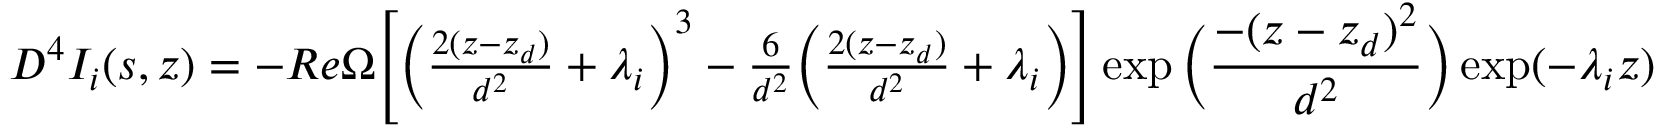
\begin{array} { r } { D ^ { 4 } I _ { i } ( s , z ) = - R e \Omega \Bigg [ \bigg ( \frac { 2 ( z - z _ { d } ) } { d ^ { 2 } } + \lambda _ { i } \bigg ) ^ { 3 } - \frac { 6 } { d ^ { 2 } } \bigg ( \frac { 2 ( z - z _ { d } ) } { d ^ { 2 } } + \lambda _ { i } \bigg ) \Bigg ] \exp \bigg ( \displaystyle \frac { - ( z - z _ { d } ) ^ { 2 } } { d ^ { 2 } } \bigg ) \exp ( - \lambda _ { i } z ) } \end{array}